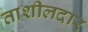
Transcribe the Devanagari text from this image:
ताशीलदार